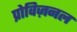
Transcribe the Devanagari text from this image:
प्रोविज़नल